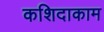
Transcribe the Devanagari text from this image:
कशिदाकाम